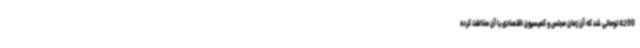
4200 تومانی شد که آن زمان مجلس و کمیسیون اقتصادی با آن مخالفت کرده